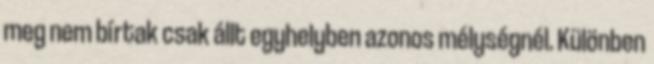
meg nem bírtak csak állt egyhelyben azonos mélységnél. Különben